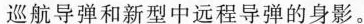
巡航导弹和新型中远程导弹的身影。